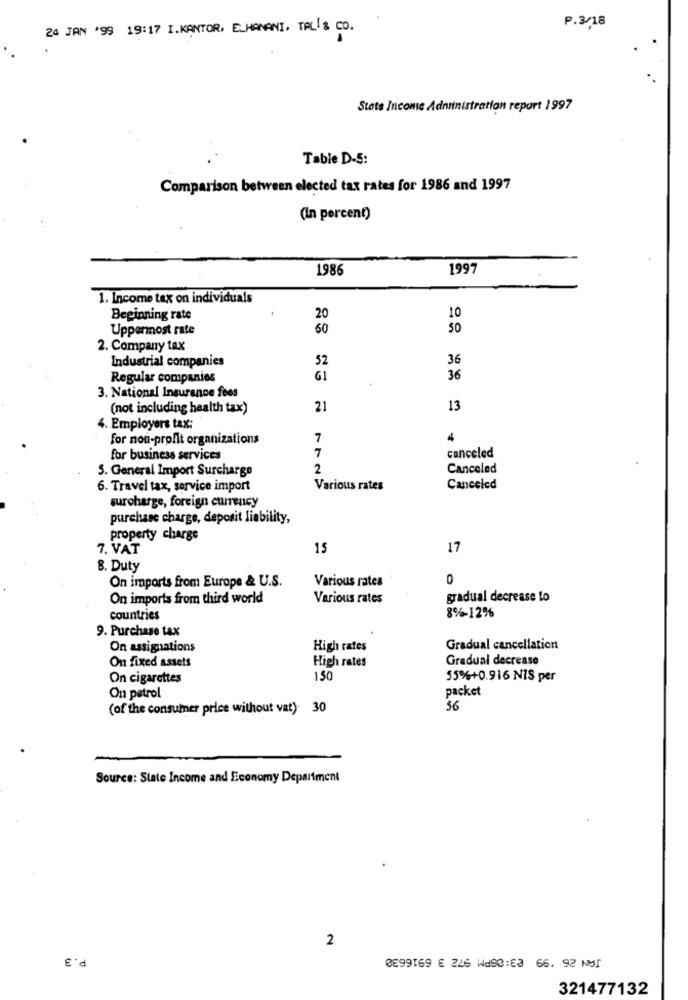
P.3/18
24 JAN '99 19:17 I.KANTOR, ELHANANI, TAL!& CO.
Stats Incomic Administration report 1997
Table D-5:
Comparison between elected tax rates for 1986 and 1997
(In percent)
1986
1997
1. Income tax on individuals
Beginning rate
20
10
Uppermost rate
60
SO
2. Company tax
Industrial companies
52
36
Regular companies
G1
36
3. National Insurance fees
(not including health tax)
21
13
4. Employers tax:
for non-profit organizations
7
7
for business services
canceled
5. General Import Surcharge
2
Canceled
6. Travel tax, service import
Various rates
Canceled
surcharge, foreign currency
purchase charge, deposit liability,
property charge
7. VAT
15
17
8. Duty
On imports from Europe & U.S.
Various rates
0
On imports from third world
Various rates
gradual decrease to
countries
8%-12%
9. Purchase tax
On assignations
High rates
Gradual cancellation
On fixed assets
High rates
Gradual decrease
On cigarettes
150
55%+0.916 NIS per
packet
On petrol
(of the consumer price without vat). 30
$6
Source: State Income and Economy Department
2
0'd
0099169 € 226 W490:83 66. 92 NB!
321477132